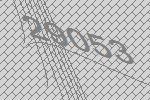
29053